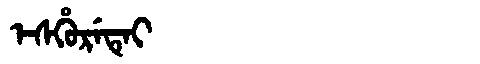
Manchu: ᡝᠰᡥᡠᡵᡝᡨᡝᡳ
Romanization: ESHURETEI